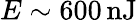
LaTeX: E\sim 600\, \mathrm{nJ}